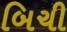
બિચી